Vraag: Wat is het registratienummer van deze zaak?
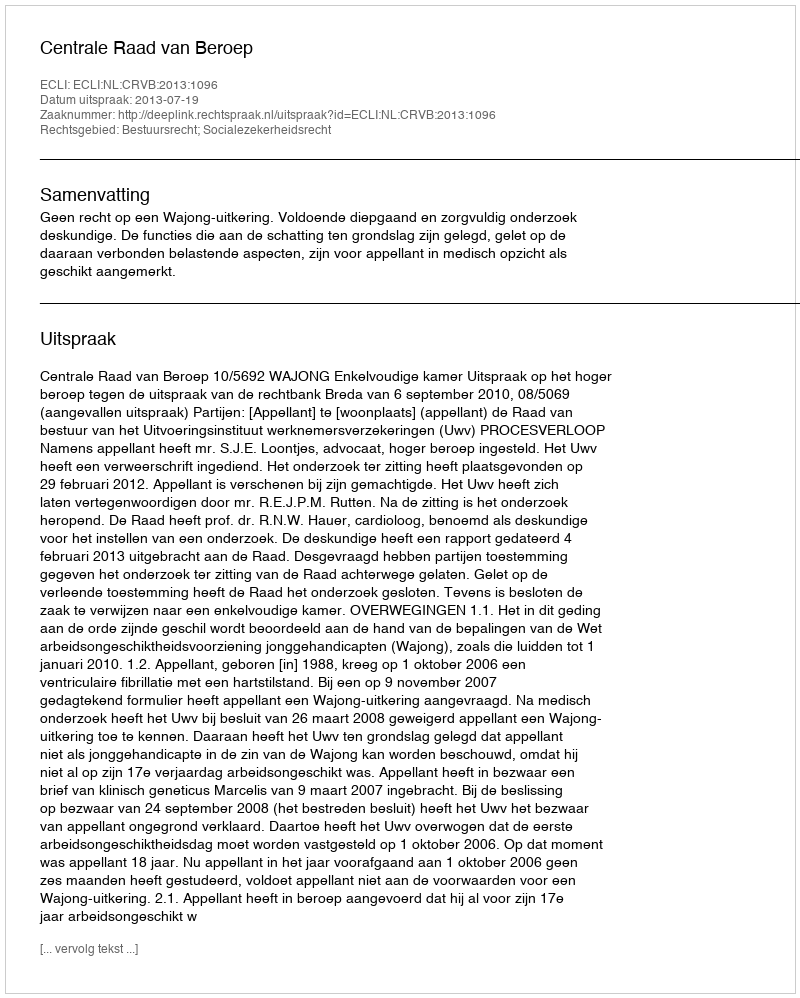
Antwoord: http://deeplink.rechtspraak.nl/uitspraak?id=ECLI:NL:CRVB:2013:1096